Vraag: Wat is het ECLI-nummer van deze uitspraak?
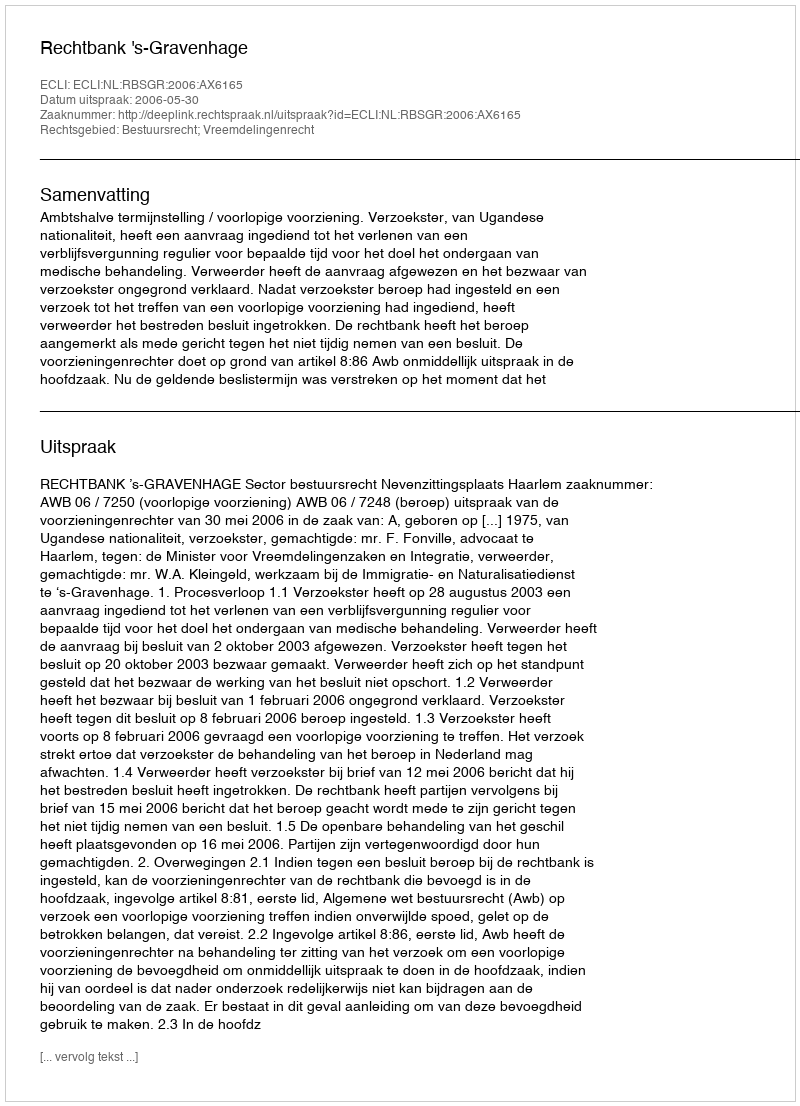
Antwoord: ECLI:NL:RBSGR:2006:AX6165